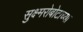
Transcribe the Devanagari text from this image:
सुक्ष्मरोबोटाच्या